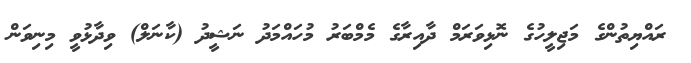
ރައްޔިތުންގެ މަޖިލީހުގެ ނޮޅިވަރަމް ދާއިރާގެ މެމްބަރު މުހައްމަދު ނަޝީދު (ކާނަލް) ވިދާޅުވީ މިނިވަން